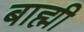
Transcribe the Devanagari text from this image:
बाह्मी